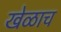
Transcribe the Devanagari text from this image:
खेळाच